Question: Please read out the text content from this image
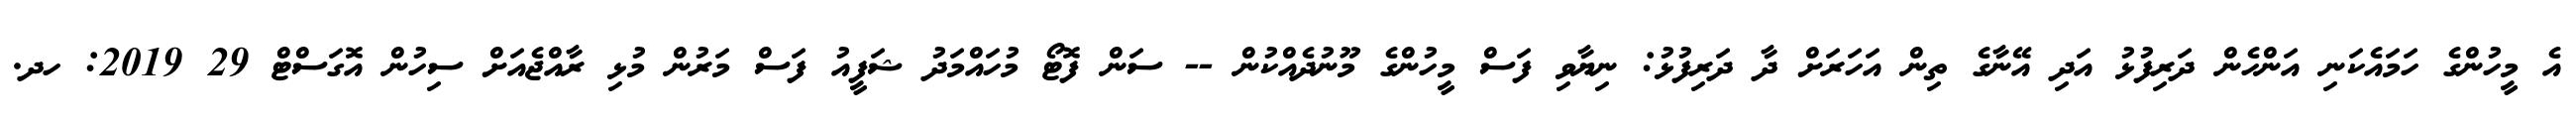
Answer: އެ މީހުންގެ ހަމައެކަނި އަންހެން ދަރިފުޅު އަދި އޭނާގެ ތިން އަހަރަށް ދާ ދަރިފުޅު: ނިޔާވި ފަސް މީހުންގެ މޫނުދެއްކުން -- ސަން ފޮޓޯ މުހައްމަދު ޝަފީއު ފަސް މަރުން މުޅި ރާއްޖެއަށް ސިހުން އޮގަސްޓް 29 2019: ހދ.